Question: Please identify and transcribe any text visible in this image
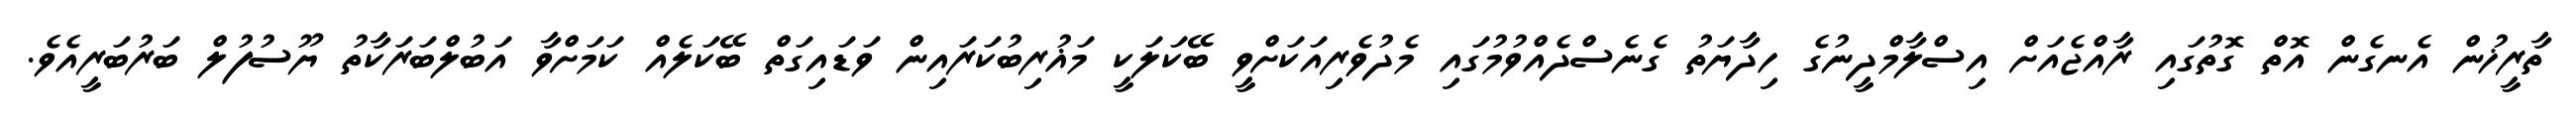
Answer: ތާރީޚުން އެނގެން އޮތް ގޮތުގައި ރާއްޖެއަށް އިސްލާމްދީނުގެ ހިދާޔަތު ގެނެސްދެއްވުމުގައި މެދުވެރިއަކަށްވީ ބޭކަލަކީ މަޣުރިބުކަރައިން ވަޑައިގަތް ބޭކަލެއް ކަމަށްވާ އަބުލްބަރަކާތު ޔޫސުފުލް ބަރުބަރީއެވެ.